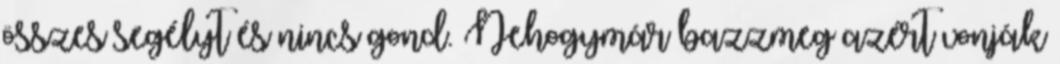
összes segélyt és nincs gond. Nehogymár bazzmeg azért vonják